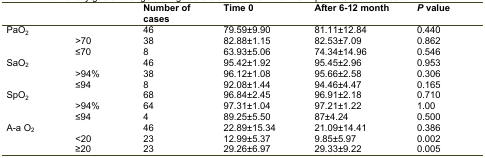
<table><thead><tr><td></td><td></td><td><b>Number of cases </b></td><td><b>Time 0 </b></td><td><b>After 6-12 month </b></td><td><b><i>P</i> value </b></td></tr></thead><tbody><tr><td rowspan="3">PaO<sub>2</sub></td><td></td><td>46</td><td>79.59±9.90</td><td>81.11±12.84</td><td>0.440</td></tr><tr><td>&gt;70</td><td>38</td><td>82.88±1.15</td><td>82.53±7.09</td><td>0.862</td></tr><tr><td>≤70</td><td>8</td><td>63.93±5.06</td><td>74.34±14.96</td><td>0.546</td></tr><tr><td rowspan="3">SaO<sub>2</sub></td><td></td><td>46</td><td>95.42±1.92</td><td>95.45±2.96</td><td>0.953</td></tr><tr><td>&gt;94%</td><td>38</td><td>96.12±1.08</td><td>95.66±2.58</td><td>0.306</td></tr><tr><td>≤94</td><td>8</td><td>92.08±1.44</td><td>94.46±4.47</td><td>0.165</td></tr><tr><td rowspan="3">SpO<sub>2</sub></td><td></td><td>68</td><td>96.84±2.45</td><td>96.91±2.18</td><td>0.710</td></tr><tr><td>&gt;94%</td><td>64</td><td>97.31±1.04</td><td>97.21±1.22</td><td>1.00</td></tr><tr><td>≤94</td><td>4</td><td>89.25±5.50</td><td>87±4.24</td><td>0.500</td></tr><tr><td rowspan="3">A-a O<sub>2</sub></td><td></td><td>46</td><td>22.89±15.34</td><td>21.09±14.41</td><td>0.386</td></tr><tr><td>&lt;20</td><td>23</td><td>12.99±5.37</td><td>9.85±5.97</td><td>0.002</td></tr><tr><td>≥20</td><td>23</td><td>29.26±6.97</td><td>29.33±9.22</td><td>0.005</td></tr></tbody></table>